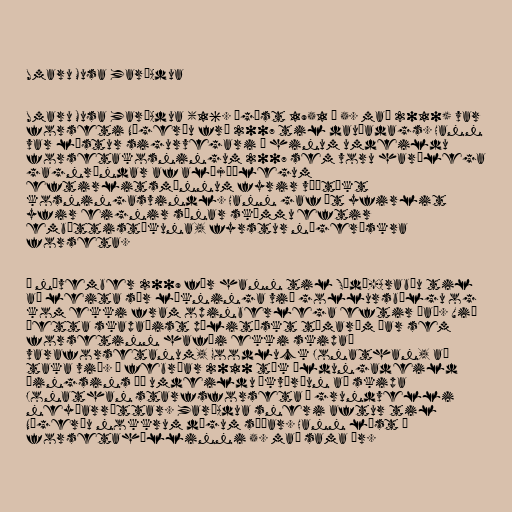
Umaru Musa Yar'Adua

Umaru Musa Yar'Adua (16. ágúst 1951 – 5. maí 2010) var
forseti Nígeríu frá 2007 til dauðadags. Hann
var lýstur sigurvegari í hinum umdeildu
forsetakosningum 2007 sem voru harðlega
gagnrýndar af alþjóðlegum
eftirlitsmönnum fyrir víðtækt
kosningasvindl. Hann gaf út yfirlit
yfir eignir sínar skömmu eftir
embættistökuna, fyrstur nígerískra
forseta.

Í nóvember 2009 fór hann til Sádí-Arabíu til
að leita sér lækninga við gollursbólgu og
kom ekki fram opinberlega eftir það. Við
þetta skapaðist pólitískt tómarúm þar sem
forsetinn hafði ekki skipað
varaforsetanum, Goodluck Jonathan, að
taka við. Í febrúar 2010 tók öldungadeild
þingsins þá umdeildu ákvörðun að skipa
Jonathan starfsforseta á grundvelli
neyðarréttar. Yar'Adua sneri aftur til
Nígeríu nokkrum dögum síðar. Hann lést í
forsetahöllinni 5. maí sama ár.